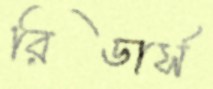
রিডার্স